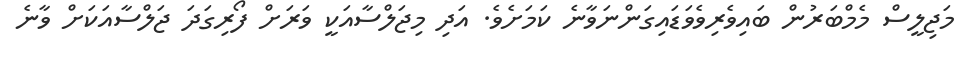
މަޖިލީސް މެމްބަރުން ބައިވެރިވެވަޑައިގަންނަވާނެ ކަމަށެވެ. އަދި މިޖަލްސާއަކީ ވަރަށް ފޯރިގަދަ ޖަލްސާއަކަށް ވާނެ